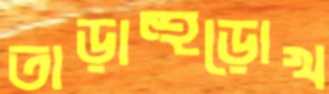
তাড়াহুড়োখ